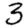
Digit: 3